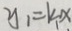
y _ { 1 } = k _ { 1 } x